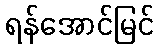
ရန်အောင်မြင်